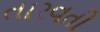
તારવતી